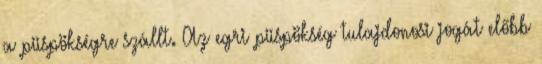
a püspökségre szállt. Az egri püspökség tulajdonosi jogát előbb